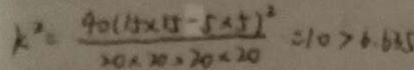
k ^ { 2 } = \frac { 4 0 ( 1 5 \times 1 5 - 5 \times 5 ) ^ { 2 } } { 2 0 \times 2 0 \times 2 0 \times 2 0 } = 1 0 > 6 . 6 3 5